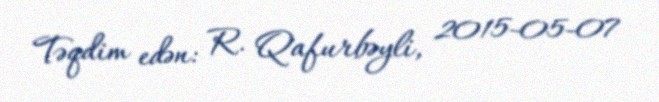
Təqdim edən: R. Qafurbəyli, 2015-05-07